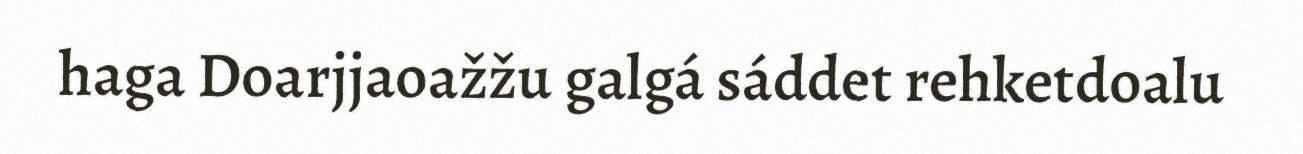
haga Doarjjaoažžu galgá sáddet rehketdoalu